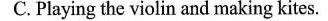
C.Playing the violin and making kites.